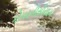
કોપરનીસીયામ